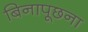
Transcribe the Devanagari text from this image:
बिनापूछना